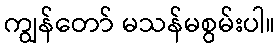
ကျွန်တော် မသန်မစွမ်းပါ။